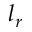
l _ { r }